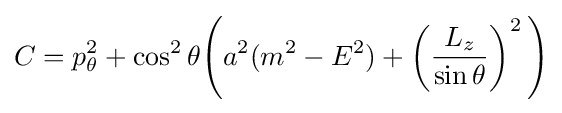
C=p_{\theta }^{2}+\cos ^{2}\theta {\Bigg (}a^{2}(m^{2}-E^{2})+\left({\frac {L_{z}}{\sin \theta }}\right)^{2}{\Bigg )}